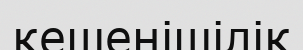
кешенішілік